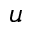
u